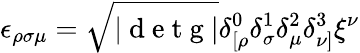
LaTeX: \epsilon_{\rho\sigma\mu}=\sqrt{|\mathrm{~d~e~t~g~}|}\delta_{[\rho}^{0}\delta_{\sigma}^{1}\delta_{\mu}^{2}\delta_{\nu]}^{3}\xi^{\nu}